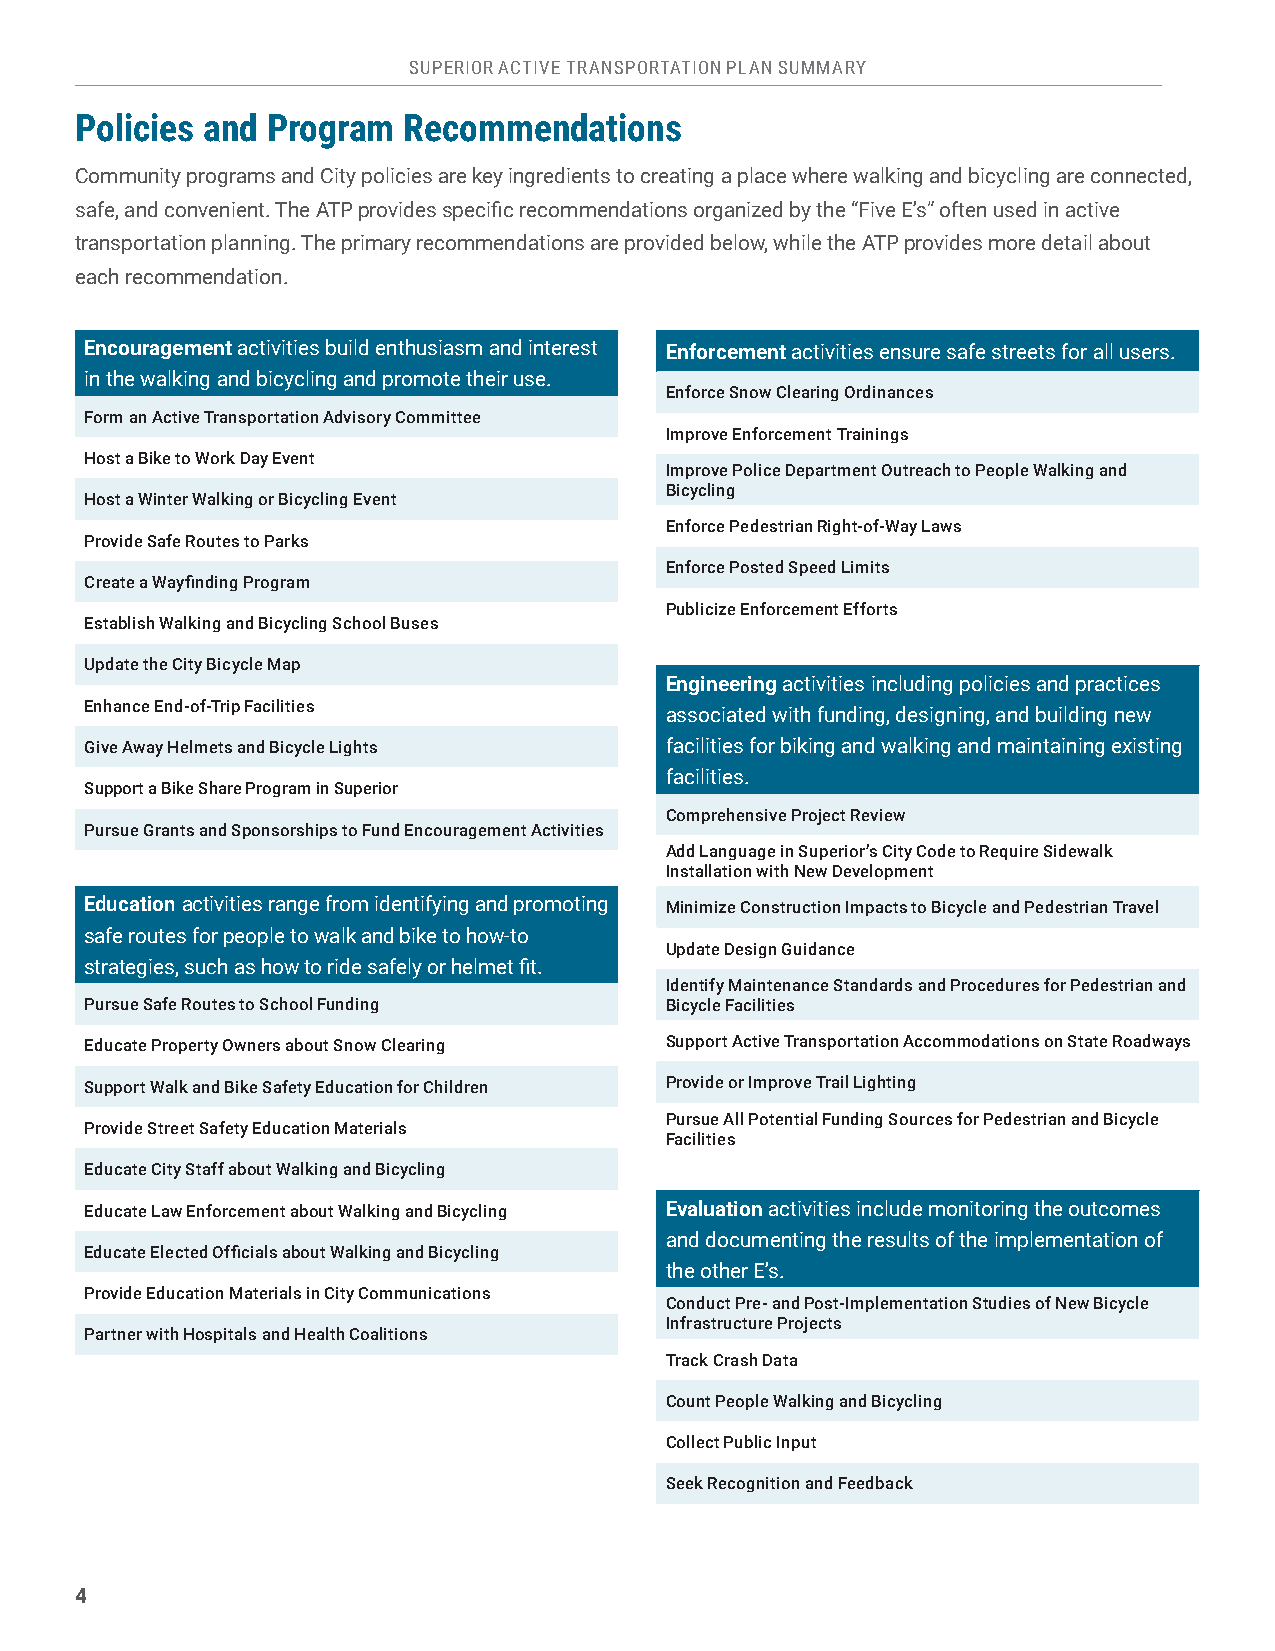
SUPERIOR ACTIVE TRANSPORTATION PLAN SUMMARY
 Policies and Program  Recommendations
 Community programs and City policies are key ingredients to creating a place where walking and bicycling are connected,
 safe, and convenient. The ATP provides specific recommendations organized by the “Five E’s” often used in active
 transportation planning. The primary recommendations are provided below, while the ATP provides more detail about
 each recommendation.
 Encouragement activities build enthusiasm and interest Enforcement activities ensure safe streets for all users.
 in the walking and bicycling and promote their use.
 Enforce Snow Clearing Ordinances
 Form an Active Transportation Advisory Committee
 Improve Enforcement Trainings
 Host a Bike to Work Day Event
 Improve Police Department Outreach to People Walking and
 Bicycling
 Host a Winter Walking or Bicycling Event
 Enforce Pedestrian Right-of-Way Laws
 Provide Safe Routes to Parks
 Enforce Posted Speed Limits
 Create a Wayfinding Program
 Publicize Enforcement Efforts
 Establish Walking and Bicycling School Buses
 Update the City Bicycle Map
 Engineering activities including policies and practices
 Enhance End-of-Trip Facilities
 associated with funding, designing, and building new
 Give Away Helmets and Bicycle Lights  facilities for biking and walking and maintaining existing
 facilities.
 Support a Bike Share Program in Superior
 Comprehensive Project Review
 Pursue Grants and Sponsorships to Fund Encouragement Activities
 Add Language in Superior’s City Code to Require Sidewalk
 Installation with New Development
 Education activities range from identifying and promoting Minimize Construction Impacts to Bicycle and Pedestrian Travel
 safe routes for people to walk and bike to how‐to
 Update Design Guidance
 strategies, such as how to ride safely or helmet fit.
 Identify Maintenance Standards and Procedures for Pedestrian and
 Pursue Safe Routes to School Funding  Bicycle Facilities
 Educate Property Owners about Snow Clearing Support Active Transportation Accommodations on State Roadways
 Support Walk and Bike Safety Education for Children Provide or Improve Trail Lighting
 Pursue All Potential Funding Sources for Pedestrian and Bicycle
 Provide Street Safety Education Materials
 Facilities
 Educate City Staff about Walking and Bicycling
 Educate Law Enforcement about Walking and Bicycling Evaluation activities include monitoring the outcomes
 and documenting the results of the implementation of
 Educate Elected Officials about Walking and Bicycling
 the other E’s.
 Provide Education Materials in City Communications
 Conduct Pre- and Post-Implementation Studies of New Bicycle
 Infrastructure Projects
 Partner with Hospitals and Health Coalitions
 Track Crash Data
 Count People Walking and Bicycling
 Collect Public Input
 Seek Recognition and Feedback
 4